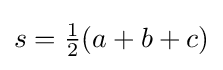
s={\tfrac {1}{2}}(a+b+c)